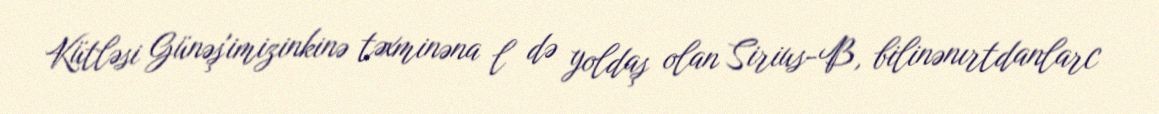
Kütləsi Günəş'imizinkinə təxminəna l də yoldaş olan Sirius-B, bilinənırtdanlarc